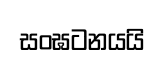
සංඝටනයයි